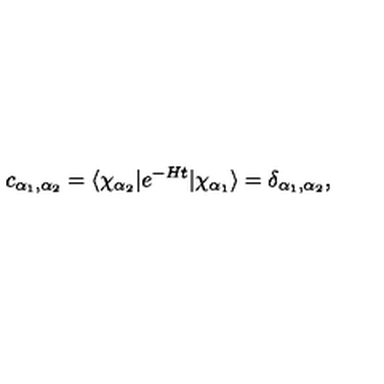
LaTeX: c _ { \alpha _ { 1 } , \alpha _ { 2 } } = \langle \chi _ { \alpha _ { 2 } } \vert e ^ { - H t } \vert \chi _ { \alpha _ { 1 } } \rangle = \delta _ { \alpha _ { 1 } , \alpha _ { 2 } } ,